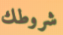
شروطك